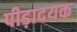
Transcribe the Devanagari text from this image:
पीड़ादयक